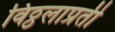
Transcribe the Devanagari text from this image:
विठ्ठलाप्रती